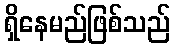
ရှိနေမည်ဖြစ်သည်